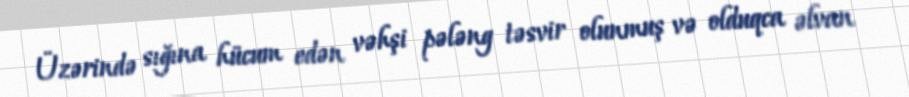
Üzərində sığına hücum edən vəhşi pələng təsvir olunmuş və olduqca əlvan